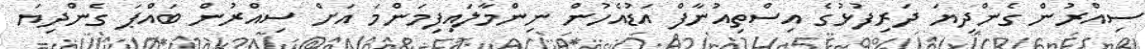
ސިއްރުން ގެންދިޔަ ދަރިފުޅުގެ އިސްތިއުނާފް އަޑުއެހުން ނިންމާލައިފިމަންމަ އަށް ސިއްރުން ބައްޕަ ގެންދިޔަ